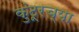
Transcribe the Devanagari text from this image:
कुंटूरच्या